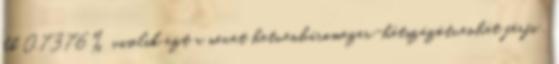
kb 0.7376% viselik ezt a nevet hetvenháromezer-hétszázötvenhét férfi ,